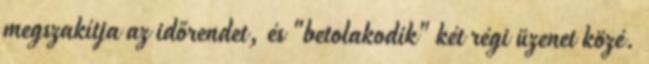
megszakítja az időrendet, és "betolakodik" két régi üzenet közé.